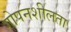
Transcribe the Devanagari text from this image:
गोपनशीलता